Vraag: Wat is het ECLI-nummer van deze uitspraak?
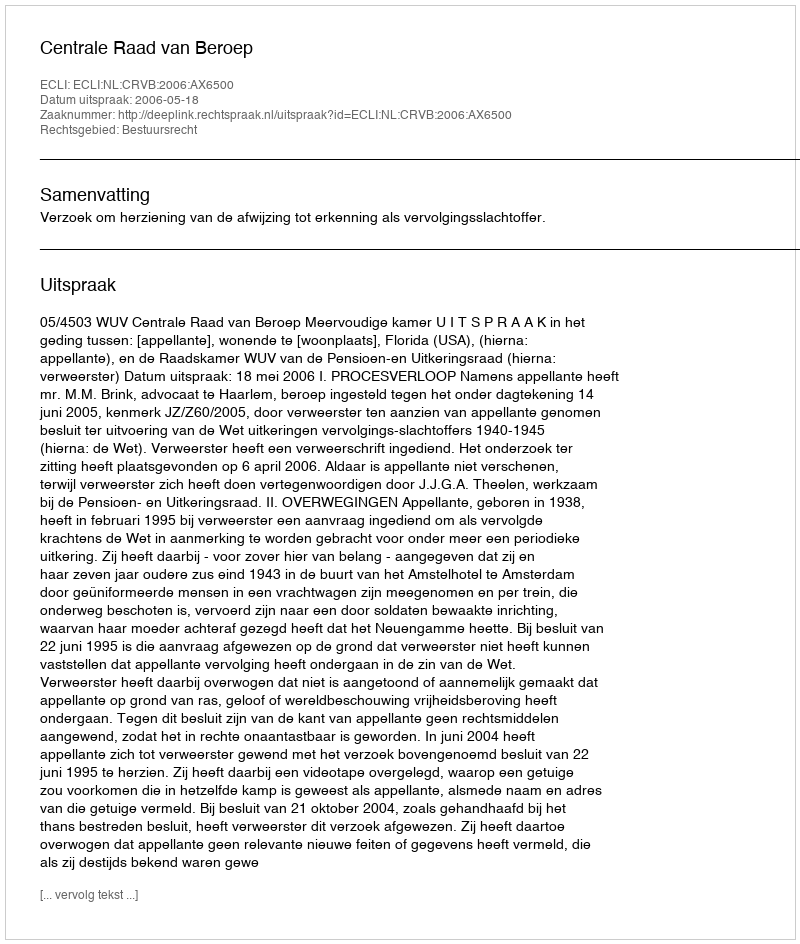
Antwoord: ECLI:NL:CRVB:2006:AX6500